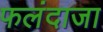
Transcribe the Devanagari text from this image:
फलंदाजा